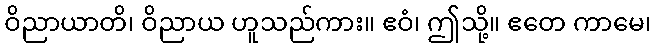
ဝိညာယာတိ၊ ဝိညာယ ဟူသည်ကား။ ဧဝံ၊ ဤသို့။ ဧတေ ကာမေ၊